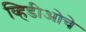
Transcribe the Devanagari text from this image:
व्हिडीओचे